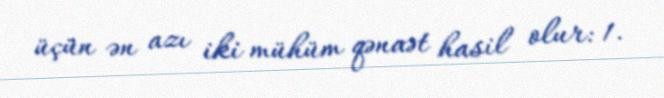
üçün ən azı iki mühüm qənaət hasil olur: 1.